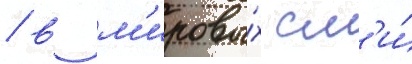
/ в м'ировы́х см'и́